Report on the bubonic plague in Bombay, 1896-1897
Year: 1896
Disease focus: Plague
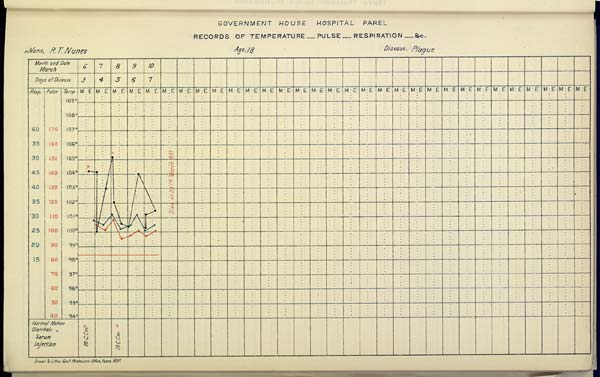
GOVERNMENT
HOUSE
HOSPITAL
PAREL
RECORDS OF TEMPERATURE __ PULSE __ RESPIRATION __ &c.
Name,
R.
T.
Nunes
Age,
18
Disease,
Plague
Drawn & Litho: Govt. Photozinco: Office, Poona 1897.